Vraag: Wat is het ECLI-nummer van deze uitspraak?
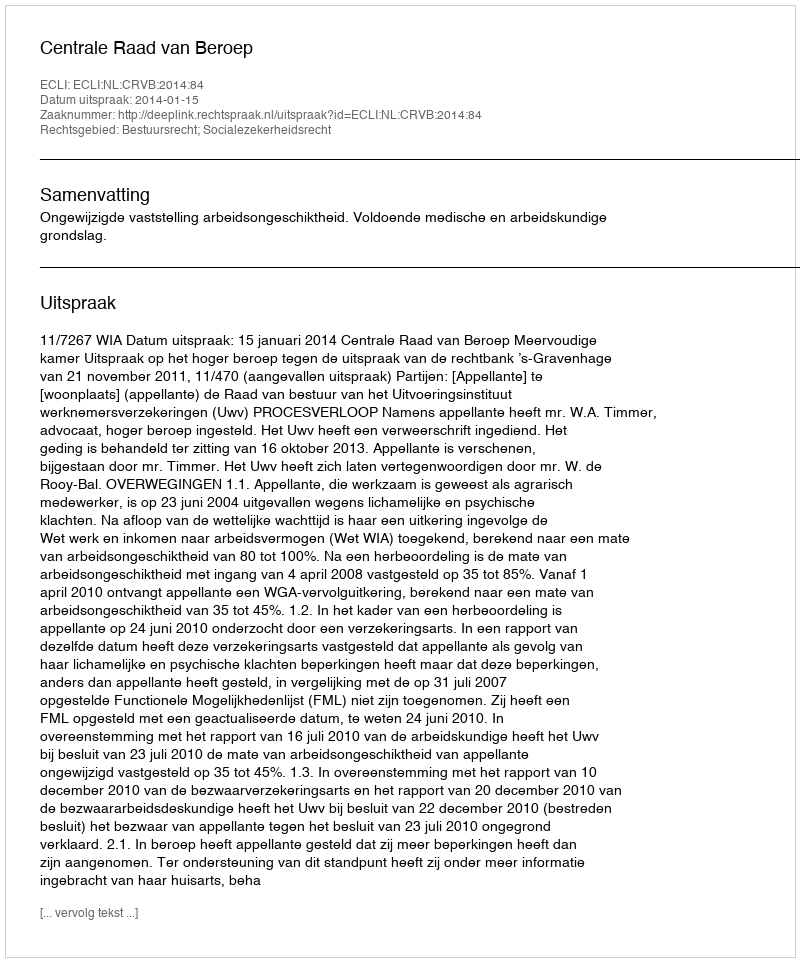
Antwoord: ECLI:NL:CRVB:2014:84